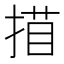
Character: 𢱁